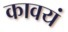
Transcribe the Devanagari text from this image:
कावयं